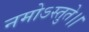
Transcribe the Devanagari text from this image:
नमोऽस्तुते।।